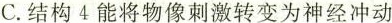
C.结构4能将物像刺激转变为神经冲动